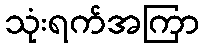
သုံးရက်အကြာ